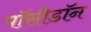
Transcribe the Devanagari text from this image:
पॉसीडॉन